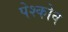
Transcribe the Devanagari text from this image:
पेश्कोव